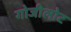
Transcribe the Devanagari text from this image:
गोजीलोट